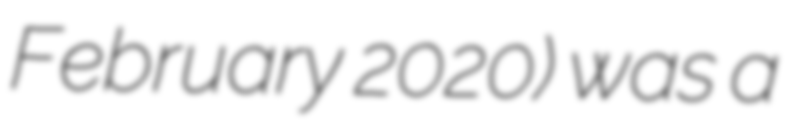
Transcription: February 2020) was a